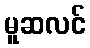
မူဆလင်